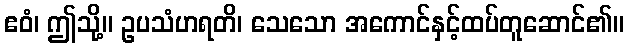
ဧဝံ၊ ဤသို့။ ဥပသံဟရတိ၊ သေသော အကောင်နှင့်ထပ်တူဆောင်၏။